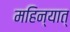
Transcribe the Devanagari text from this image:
महिन्यात्